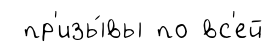
пр'изы́вы по вс'ей